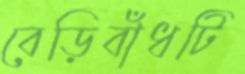
বেড়িবাঁধটি